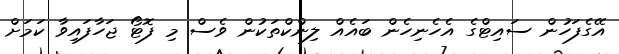
އޭގެފަހުން ސައިޓްގެ އެހެނިހެން ބައެއް ލިންކްތަކުން ވެސް މި ފޮޓޯ ޖަހާފައިވާ ކަމަށް